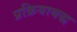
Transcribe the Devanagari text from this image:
प्रक्रियाबद्ध